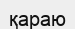
қараю